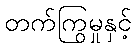
တက်ကြွမှုနှင့်